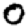
Digit: 0